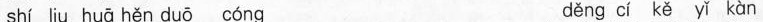
shí liu huā hěn duō cóng děng cí kě yǐ kàn